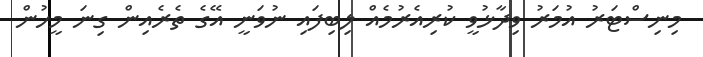
މިނިސްޓަރު އުމަރު ވިދާޅުވީ ކުރިއެރުމެއް ލިބިފައި ނުވަނީ އޭގެ ތެރެއިން ގިނަ މީހުން